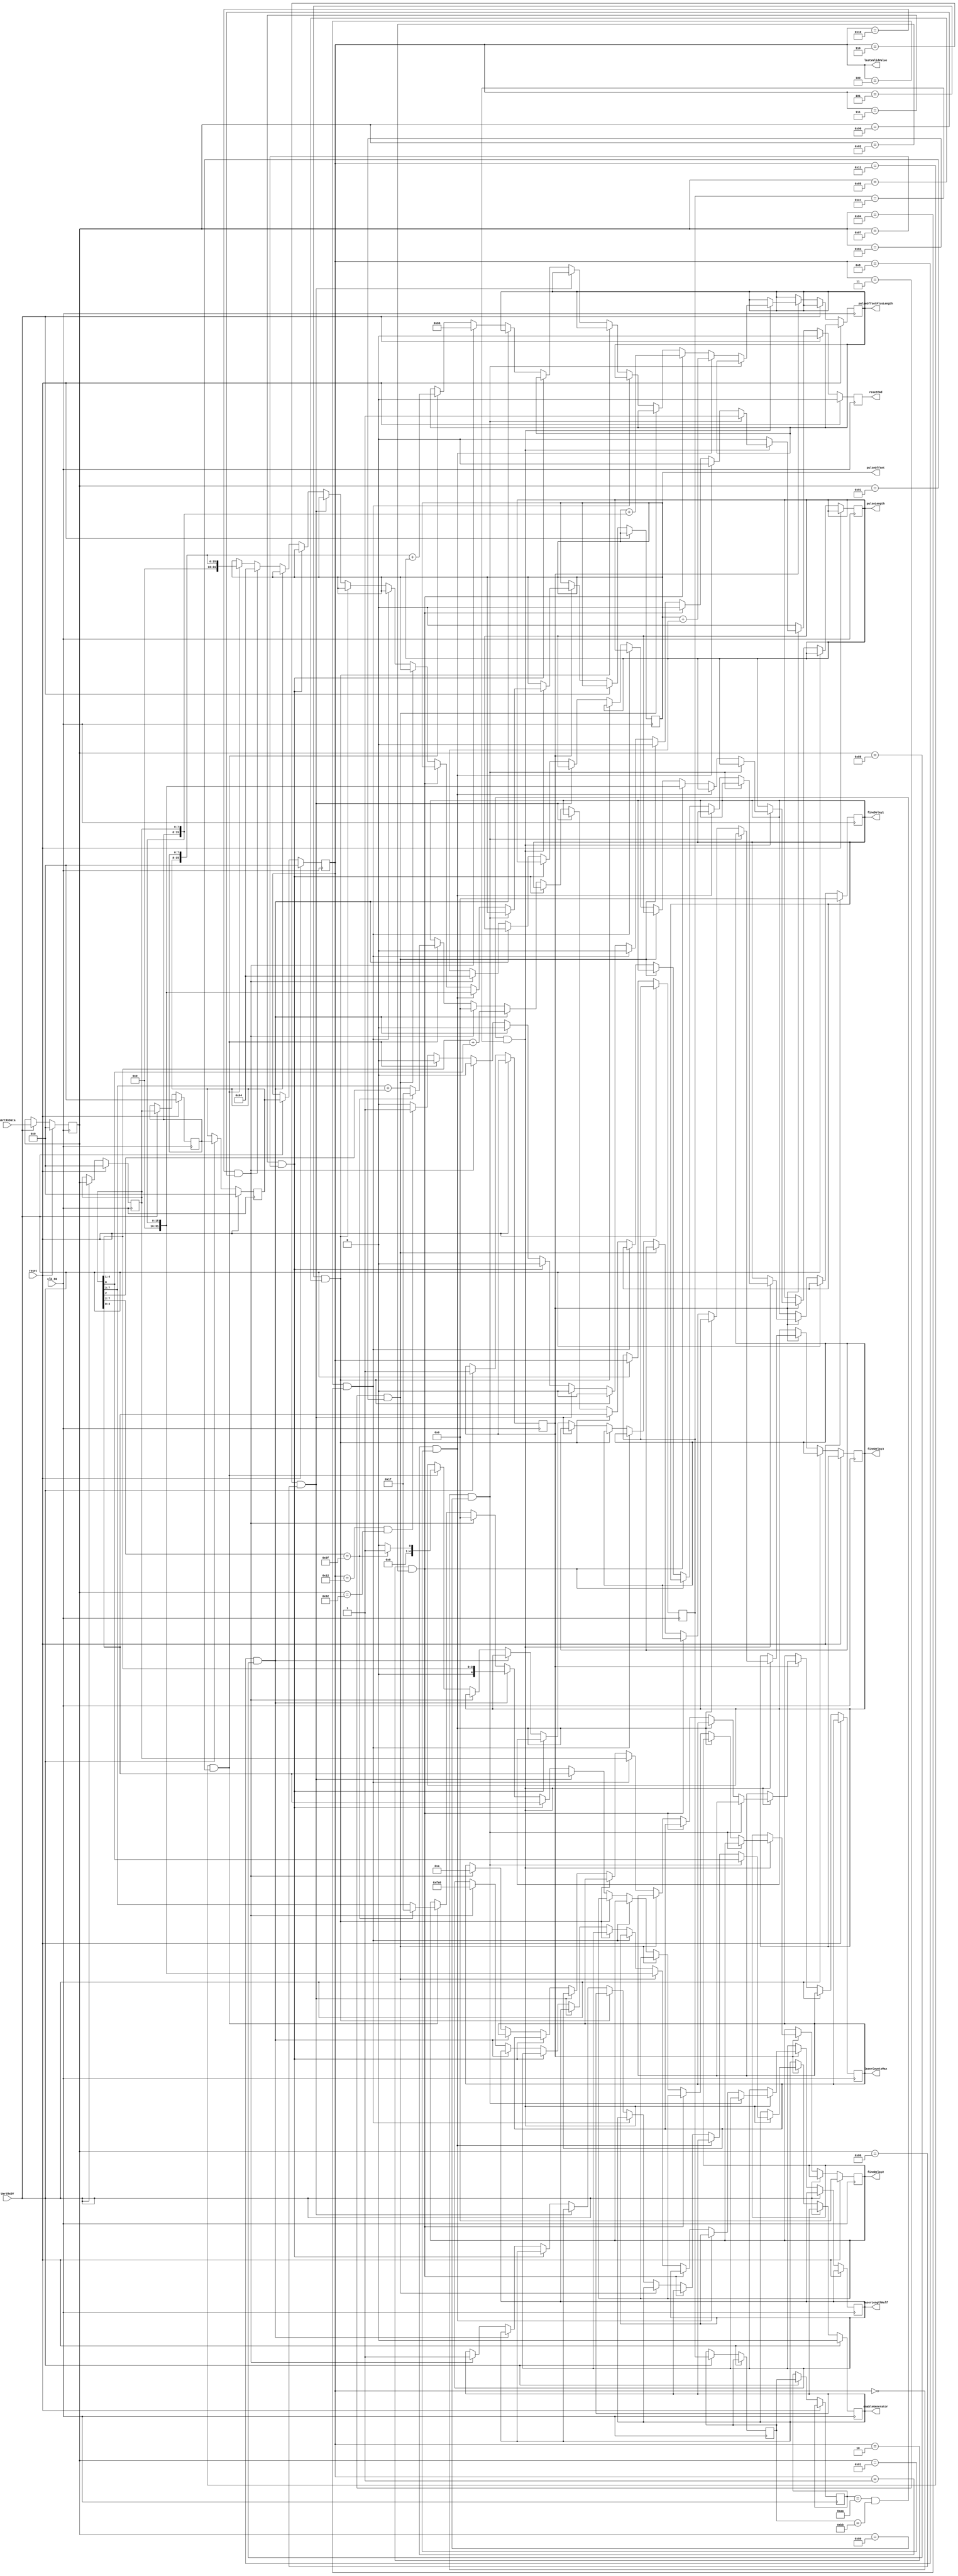
`timescale 1ns / 1ps
//////////////////////////////////////////////////////////////////////////////////
// Design Name: SYLAP
// License: GPLv2
// Company: Istituto Italiano di Tecnologia
// Year: 2020
//////////////////////////////////////////////////////////////////////////////////


module uart_commands(
    input        clk_50,
    input        reset,
    input        UartRxDV,
    input  [7:0] uartRxData,
    output enableGenerator,
    output [31:0]pulseLength,
    output [31:0]pulseOffset,
    output [31:0]pulseOffsetPlusLength,
    output [31:0]laserLengthHalf,
    output [7:0] laserCountsMax,
    output [7:0] lastValidValue,
    output [4:0] fineDelay1,
    output [4:0] fineDelay2,
    output [4:0] fineDelay3, 
    output resetCmd
    );
    
    reg [31:0]pulseLength_reg=32'd100;
    reg [31:0]pulseOffset_reg=32'd100;
    reg [31:0]pulseOffsetPlusLength_reg=32'd102;
    reg [31:0]laserLengthHalf_reg=32'd4000;
    reg [7:0] laserCountsMax_reg=7'd10;
    reg [4:0] fineDelay1_reg=5'd0;
    reg [4:0] fineDelay2_reg=5'd0;
    reg [4:0] fineDelay3_reg=5'd0;
    
    
    reg enableGenerator_reg=0;
    reg resetCmd_reg=0;
    
    assign resetCmd=resetCmd_reg;
    assign enableGenerator=enableGenerator_reg;
    assign pulseLength=pulseLength_reg;
    assign pulseOffset=pulseOffset_reg;
    assign pulseOffsetPlusLength=pulseOffsetPlusLength_reg;
    assign laserLengthHalf=laserLengthHalf_reg;
    assign laserCountsMax=laserCountsMax_reg;
    assign fineDelay1=fineDelay1_reg;
    assign fineDelay2=fineDelay2_reg;
    assign fineDelay3=fineDelay3_reg;
    
    reg blinkLEDreg,UartRxClr;
    
    reg UartRxDV_reg, UartRxDV_regreg;
    reg UartRxDV_clear;
    reg [7:0] uartRxData_store [0:7];
    assign lastValidValue=uartRxData_store[4];
     
     always @ (posedge clk_50)
          begin
               if (reset)
               begin
                   uartRxData_store[0]<=0;
                   uartRxData_store[1]<=0;
                   uartRxData_store[2]<=0;
                   uartRxData_store[3]<=0;
                   uartRxData_store[4]<=0;
                   enableGenerator_reg<=0;
                   UartRxDV_clear<=0;
                   fineDelay1_reg<=5'd0;
                   fineDelay2_reg<=5'd0;
                   resetCmd_reg<=0;
               end
               else 
                begin 
                UartRxDV_clear <= 0;
                resetCmd_reg<=0;

                        if(UartRxDV==1)
                          begin
                           UartRxDV_reg <= UartRxDV;
                           uartRxData_store[7]<=uartRxData_store[6];                          
                           uartRxData_store[6]<=uartRxData_store[5];                          
                           uartRxData_store[5]<=uartRxData_store[4];                          
                           uartRxData_store[4]<=uartRxData_store[3];
                           uartRxData_store[3]<=uartRxData_store[2];
                           uartRxData_store[2]<=uartRxData_store[1];
                           uartRxData_store[1]<=uartRxData_store[0];
                           uartRxData_store[0]<=uartRxData;
                          end
                       else if(UartRxDV_reg==1)
                          begin
                              if ((uartRxData_store[7]==8'hAA) & (uartRxData_store[6]==8'hBB) & (uartRxData_store[5]==8'hCC)) 
                                begin
                                      resetCmd_reg<=0;
                                            if ((uartRxData_store[4]==8'h00) && (uartRxData_store[0]==8'h80))
                                                begin
                                                    enableGenerator_reg<=uartRxData_store[1][0];
                                                    resetCmd_reg<=1;
                                                end
                                       else if ((uartRxData_store[4]==8'h01) && (uartRxData_store[0]==8'h81))
                                               begin
                                                   pulseOffset_reg<={uartRxData_store[2],uartRxData_store[1]};
                                                   pulseOffsetPlusLength_reg<=(pulseOffset_reg+pulseLength_reg);
                                               end
                                       else if ((uartRxData_store[4]==8'h02) && (uartRxData_store[0]==8'h82))
                                               begin
                                                   pulseLength_reg <= {uartRxData_store[2],uartRxData_store[1]};
                                                   pulseOffsetPlusLength_reg<=(pulseOffset_reg+{uartRxData_store[2],uartRxData_store[1]});
                                               end
                                       else if ((uartRxData_store[4]==8'h03) && (uartRxData_store[0]==8'h83))
                                               begin
                                                   laserLengthHalf_reg<={uartRxData_store[2],uartRxData_store[1]};
                                               end
                                       else if ((uartRxData_store[4]==8'h04) && (uartRxData_store[0]==8'h84))
                                               begin
                                                   laserCountsMax_reg<={24'd0,uartRxData_store[1]};
                                               end
               
                                       else if ((uartRxData_store[4]==8'h05) && (uartRxData_store[0]==8'h85))
                                               begin
                                                   fineDelay1_reg<=uartRxData_store[1][4:0];
                                               end
                                       else if ((uartRxData_store[4]==8'h06) && (uartRxData_store[0]==8'h86))
                                               begin
                                                   fineDelay2_reg<=uartRxData_store[1][4:0];
                                               end
                                       else if ((uartRxData_store[4]==8'h07) && (uartRxData_store[0]==8'h87))
                                                       begin
                                                           fineDelay2_reg<=uartRxData_store[1][4:0];
                                                       end                                               
                                       else if ((uartRxData_store[4]==8'h08) && (uartRxData_store[0]==8'h88))
                                               begin
                                                 fineDelay1_reg<={1'd0,uartRxData_store[1][4:1]}+{4'd0,uartRxData_store[1][0]};
                                                 fineDelay2_reg<={1'd0,uartRxData_store[1][4:1]};
                                               end
                                                                                                                         
                                       else if ((uartRxData_store[4]==8'h10) && (uartRxData_store[0]==8'h90))
                                                               begin
                                                                   enableGenerator_reg<=1;
                                                                   pulseLength_reg <= 32'd100;
                                                                   pulseOffset_reg <= 32'd100;
                                                                   pulseOffsetPlusLength_reg <= 32'd102;
                                                                   laserLengthHalf_reg <= 32'd4000;
                                                                   laserCountsMax_reg <= 7'd10;
                                                                   fineDelay1_reg<=0;
                                                                   fineDelay2_reg<=0;                                                                   
                                                               end   
                                       else if ((uartRxData_store[4]==8'h11) && (uartRxData_store[0]==8'h91))  //To set the [16:0]Offset + [7:2]FineOffset
                                                                      begin
                                                                         pulseOffset_reg <= {uartRxData_store[3],uartRxData_store[2]};
                                                                         pulseOffsetPlusLength_reg<=({uartRxData_store[3],uartRxData_store[2]})+(pulseLength_reg);
                                                                         
                                                                         if (uartRxData_store[1][7:2]==6'd63)
                                                                            begin
                                                                                fineDelay1_reg <=5'b11111;
                                                                                fineDelay2_reg<=5'b11111;
                                                                                fineDelay3_reg<=5'b00001;
                                                                            end
                                                                         else
                                                                            begin 
                                                                                fineDelay1_reg<={1'd0,uartRxData_store[1][7:3]}+{4'd0,uartRxData_store[1][2]};
                                                                                fineDelay2_reg<={1'd0,uartRxData_store[1][7:3]};
                                                                                fineDelay3_reg<=0;
                                                                            end                                                                                                                                                                     
                                                                                                                                                                                                                
                                                                      end     
                                       else if ((uartRxData_store[4]==8'h12) && (uartRxData_store[0]==8'h92))  //To set the [16:0]Offset + [7:2]FineOffset
                                                                          begin
                                                                              resetCmd_reg<=1;
                                                                          end                                                                                                                                                             
                                end                                   
                          end
               end
          end 
                
endmodule